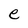
Character: e